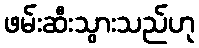
ဖမ်းဆီးသွားသည်ဟု